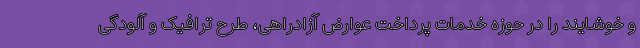
و خوشایند را در حوزه خدمات پرداخت عوارض آزادراهی، طرح ترافیک و آلودگی